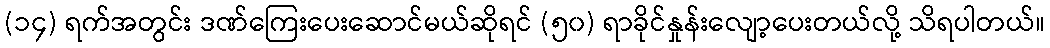
(၁၄) ရက်အတွင်း ဒဏ်ကြေးပေးဆောင်မယ်ဆိုရင် (၅၀) ရာခိုင်နှုန်းလျော့ပေးတယ်လို့ သိရပါတယ်။